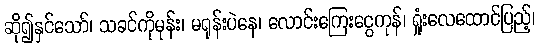
ဆို၍နှင်သော်၊ သခင်ကိုမုန်း၊ မရုန်းပဲနေ၊ လောင်းကြေးငွေကုန်၊ ရှုံးလေထောင်ပြည့်၊